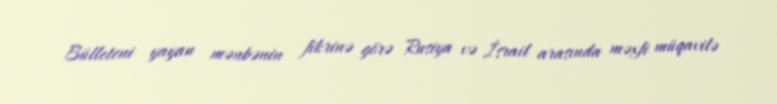
Bülleteni yayan mənbənin fikrinə görə Rusiya və İsrail arasında məxfi müqavilə